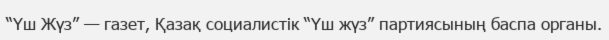
“Үш Жүз” — газет, Қазақ социалистік “Үш жүз” партиясының баспа органы.